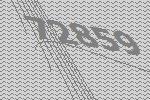
72859